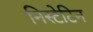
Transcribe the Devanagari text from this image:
निस्टेटिन